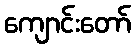
ကျောင်းတော်